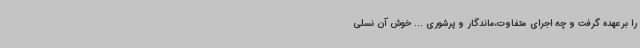
را برعهده گرفت و چه اجرای متفاوت،ماندگار و پرشوری ... خوش آن نسلی